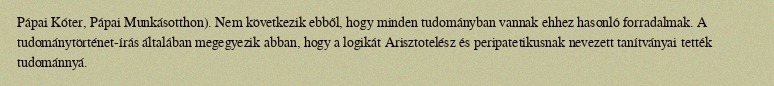
Pápai Kóter, Pápai Munkásotthon). Nem következik ebből, hogy minden tudományban vannak ehhez hasonló forradalmak. A tudománytörténet-írás általában megegyezik abban, hogy a logikát Arisztotelész és peripatetikusnak nevezett tanítványai tették tudománnyá.